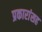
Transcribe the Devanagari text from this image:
प्रकारांसह